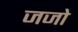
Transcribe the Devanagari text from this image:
जजो